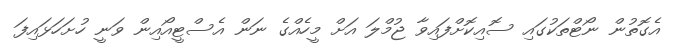
އެގޮތުން ނޯޓްތަކުގައި ސޮއިކޮށްފައިވާ ޖުމްލަ އަށް މީހެއްގެ ނަން އެސްޓީއޯއިން ވަނީ ހުށަހަޅައިފަ